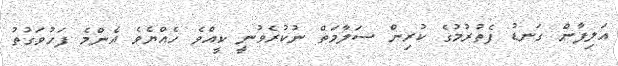
އަލިފާން ގަނޑު ފެތުރުމުގެ ކުރިން ސަލާމަތް ނުކުރެވުނީ ކީއްވެ ހެއްޔެވެ އެންމެ ފަހުވަގުތު